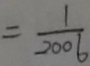
= \frac { 1 } { 2 0 0 6 }